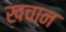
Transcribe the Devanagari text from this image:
खचान